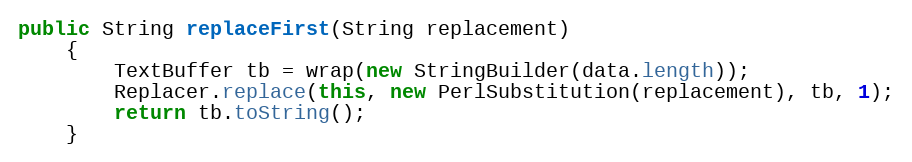
Language: Java
public String replaceFirst(String replacement)
    {
        TextBuffer tb = wrap(new StringBuilder(data.length));
        Replacer.replace(this, new PerlSubstitution(replacement), tb, 1);
        return tb.toString();
    }